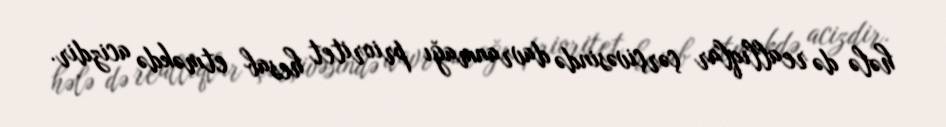
hələ də reallıqlar çərçivəsində davranmağı prioritet hesab etməkdə acizdir.